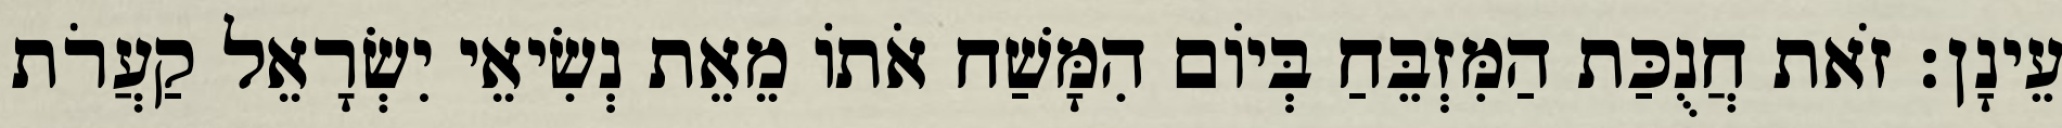
עֵינָן׃ זֹאת חֲנֻכַּת הַמִּזְבֵּחַ בְּיוֹם הִמָּשַׁח אֹתוֹ מֵאֵת נְשִׂיאֵי יִשְׂרָאֵל קַעֲרֹת